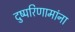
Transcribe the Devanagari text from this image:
दुष्परिणामांना